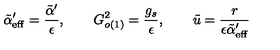
\tilde { \alpha } _ { \mathrm { e f f } } ^ { \prime } = \frac { \tilde { \alpha } ^ { \prime } } { \epsilon } , \qquad G _ { o ( 1 ) } ^ { 2 } = \frac { g _ { s } } { \epsilon } , \qquad \tilde { u } = \frac { r } { \epsilon \tilde { \alpha } _ { \mathrm { e f f } } ^ { \prime } }